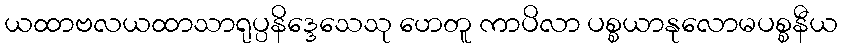
ယထာဗလယထာသာရုပ္ပနိဒ္ဒေသေသု ဟေတူ ကာပိလာ ပစ္စယာနုလောမပစ္စနီယ